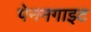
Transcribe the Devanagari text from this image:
पेननगाइट